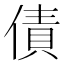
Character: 債